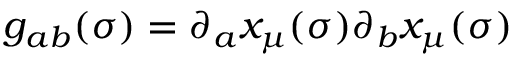
g _ { a b } ( \sigma ) = \partial _ { a } x _ { \mu } ( \sigma ) \partial _ { b } x _ { \mu } ( \sigma )